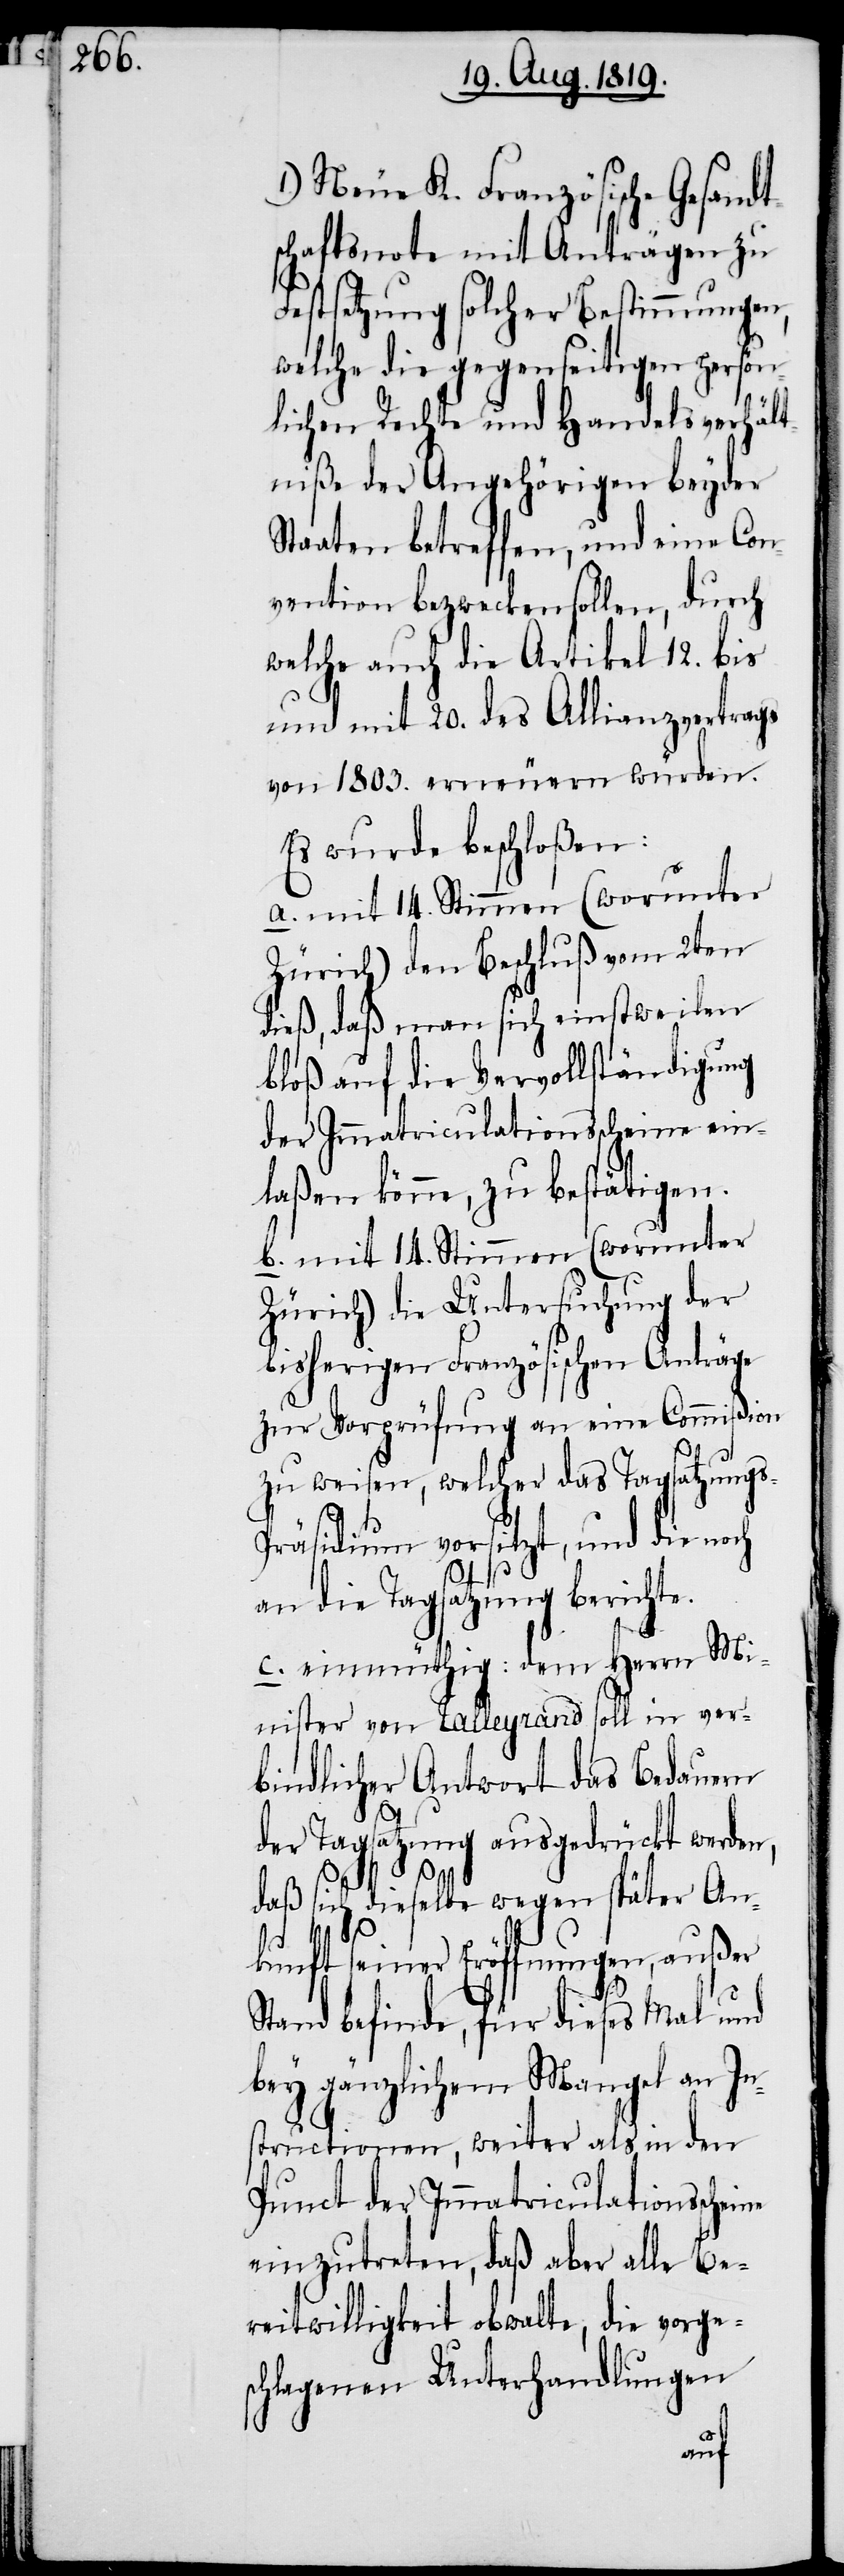
1.) Neue K. Französische Gesandt¬
schaftsnote mit Anträgen zu
Festsetzung solcher Bestimmungen,
welche die gegenseitigen persön¬
lichen Rechte und Handelsverhält¬
niße der Angehörigen beyder
Staaten betreffen, und eine Con¬
vention bezwecken sollen, durch
welche auch die Artikel 12. bis
und mit 20. des Allianzvertrags
von 1803. erneuern würden.
Es wurde beschloßen:
a. mit 14. Stimmen (worunter
Zürich) den Beschluß vom 2ten
bloß auf die Vervollständigung
der Immatriculationsscheine ein¬
b. mit 14. Stimmen (worunter
Zürich) die Untersuchung der
bisherigen Französischen
zur Vorprüfung an eine Commißion
zu weisen, welcher das Tagsatzung¬
an die Tagsatzung berichte.
c. einmüthig: dem Herrn Mi¬
nister von Talleyrand soll in ver¬
bindlicher Antwort das Bedauern
ne
der Tagsatzung ausgedrückt werden,
daß sich dieselbe wegen später An¬
die
kunft seiner Eröffnungen, außer
Stand befinde, für dieses Mal und
bey gänzlichem Mangel an In¬
structionen, weiter als in den
Punkt der Immatriculationsschei¬
einzuteten, daß aber alle Be¬
reitwilligkeit obwalte, die vorge¬
schlagenen Unterhandlungen